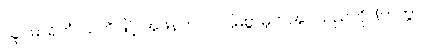
သူပဓာရိတံ၊ သတိဖြင့် အဖန်တလဲလဲမြဲစွာမှတ်အပ်သည်ကို။ (ကတွာ၊